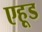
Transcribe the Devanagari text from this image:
एहूड